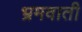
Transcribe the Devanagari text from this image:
भ्रमवाती